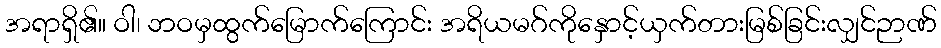
အရာရှိ၏။ ဝါ၊ ဘဝမှထွက်မြောက်ကြောင်း အရိယမဂ်ကိုနှောင့်ယှက်တားမြစ်ခြင်းလျှင်ဉာဏ်